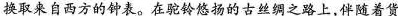
换取来自西方的钟表。在驼铃悠扬的古丝绸之路上，伴随着货